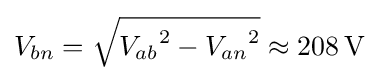
V_{bn}={\sqrt {{V_{ab}}^{2}-{V_{an}}^{2}}}\approx 208\,{\text{V}}